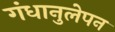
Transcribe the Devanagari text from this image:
गंधानुलेपन